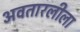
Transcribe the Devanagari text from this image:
अवतारलीला